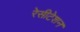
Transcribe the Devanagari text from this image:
रेसीटेशन